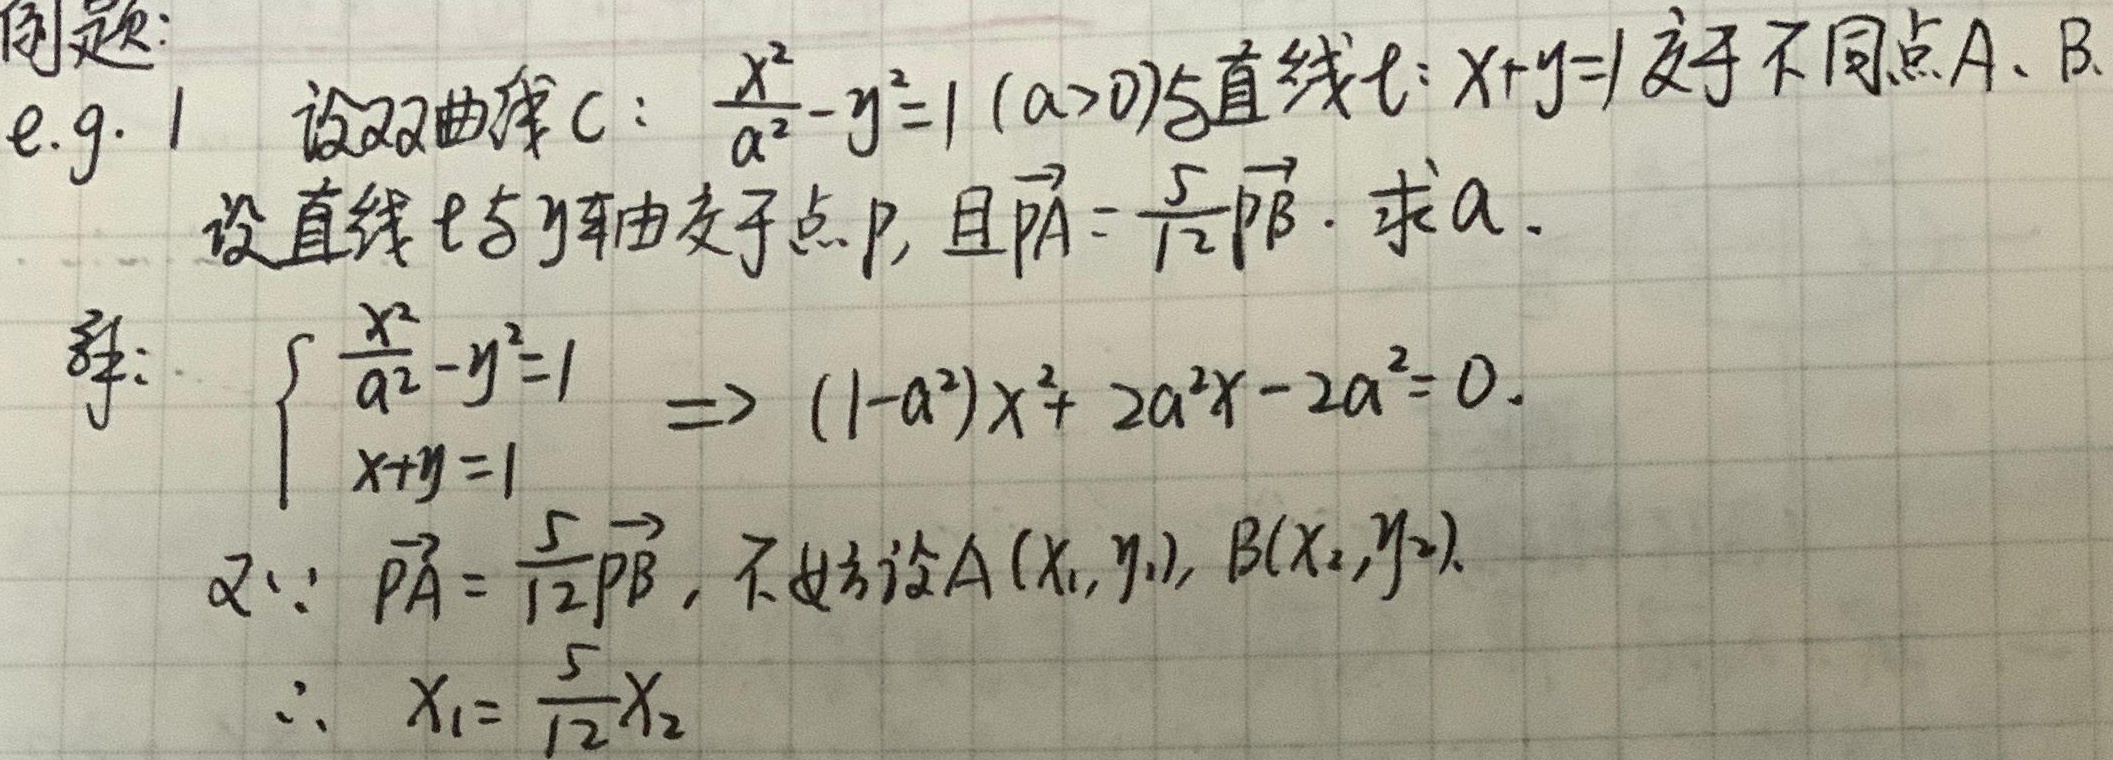
例题：e.g. 1 设双曲线\(C\)：\(\frac{x^{2}}{a^{2}}-y^{2}=1\ (a > 0)\)与直线\(l\)：\(x + y = 1\)交于不同点\(A\)、\(B\)。设直线\(l\)与\(y\)轴交于点\(P\)，且\(\overrightarrow{PA}=\frac{5}{12}\overrightarrow{PB}\)。求\(a\)。
解：
\(\begin{cases}\frac{x^{2}}{a^{2}}-y^{2}=1 \\x + y = 1 \end{cases}\Rightarrow(1 - a^{2})x^{2}+2a^{2}x - 2a^{2}=0\)。
又\(\because\overrightarrow{PA}=\frac{5}{12}\overrightarrow{PB}\)，不妨设\(A(x_1,y_1)\)，\(B(x_2,y_2)\)。
\(\therefore x_1=\frac{5}{12}x_2\)